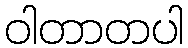
ဝါတာတပါ